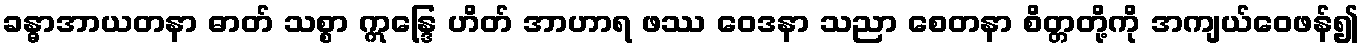
ခန္ဓာအာယတနာ ဓာတ် သစ္စာ ဣန္ဒြေ ဟိတ် အာဟာရ ဖဿ ဝေဒနာ သညာ စေတနာ စိတ္တတို့ကို အကျယ်ဝေဖန်၍